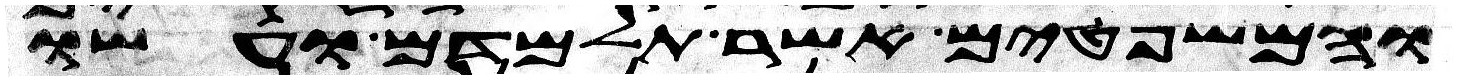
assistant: והמשפטים אשר תלמדם ועשו